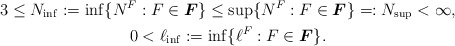
\begin{align*} \begin{gathered} 3 \leq N_{\inf} := \inf \{N^F : F \in \boldsymbol{F} \} \leq \sup \{N^F : F \in \boldsymbol{F} \} =:N_{\sup} < \infty,\\0 < \ell_{\inf} := \inf \{\ell^F : F \in \boldsymbol{F} \} .\end{gathered} \end{align*}